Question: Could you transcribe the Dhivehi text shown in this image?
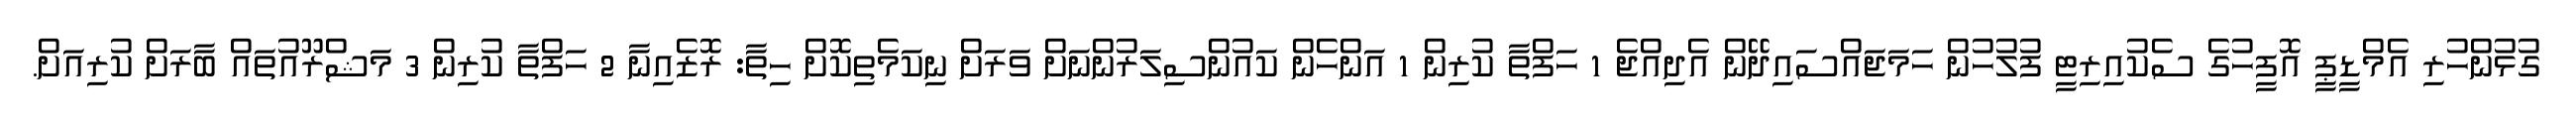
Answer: ގުޅުންހުރި އެމްޑީޕީ އޮފީހުގެ ސެކުއިރިޓީ ފުލުހުން ހަމަޖައްސައިދޭން އެދިއްޖެ 1 ހަފްތާ ކުރިން 1 އަންހެން ކައުންސިލަރުންނަށް ވަރަށް ނިކަމެތިކޮށް ހިތާ: ރޮޒެއިނާ 2 ހަފްތާ ކުރިން 3 މަޝްރޫއުތައް ބާރަށް ކުރިއަށް.